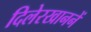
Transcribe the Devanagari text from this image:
दिलेरखाननें